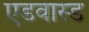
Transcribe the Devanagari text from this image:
एडवास्ड